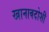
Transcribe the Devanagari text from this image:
खानाबदोशी